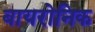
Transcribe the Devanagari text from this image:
बायरोनिक